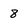
Character: 8